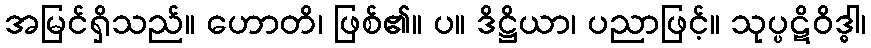
အမြင်ရှိသည်။ ဟောတိ၊ ဖြစ်၏။ ပ။ ဒိဋ္ဌိယာ၊ ပညာဖြင့်။ သုပ္ပဋိဝိဒ္ဓါ၊